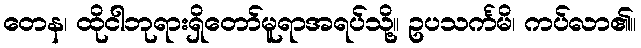
တေန၊ ထိုငါဘုရားရှိတော်မူရာအရပ်သို့။ ဥပသင်္ကမိ၊ ကပ်လာ၏။